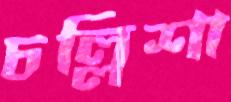
চল্লিশা